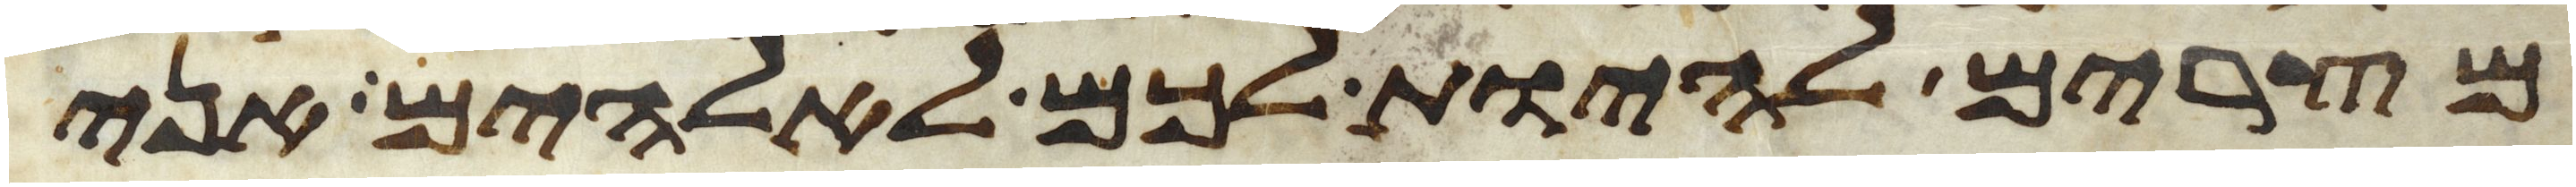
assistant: מצרים להיות לכם לאלהים אני